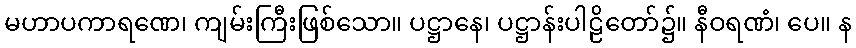
မဟာပကာရဏေ၊ ကျမ်းကြီးဖြစ်သော။ ပဋ္ဌာနေ၊ ပဋ္ဌာန်းပါဠိတော်၌။ နီဝရဏံ၊ ပေ။ န